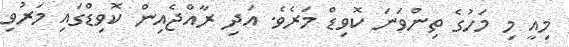
މިއީ މި މަހުގެ ތިންވަނަ ކޮވިޑް މަރެވެ. އަދި ރާއްޖެއިން ކޮވިޑްގައި މަރުވި